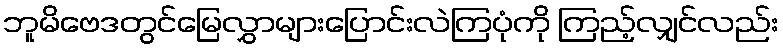
ဘူမိဗေဒတွင်မြေလွှာများပြောင်းလဲကြပုံကို ကြည့်လျှင်လည်း